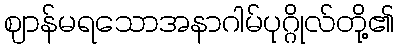
ဈာန်မရသောအနာဂါမ်ပုဂ္ဂိုလ်တို့၏